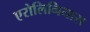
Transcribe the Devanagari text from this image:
एरोलिनियास